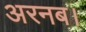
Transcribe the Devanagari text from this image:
अरनब।